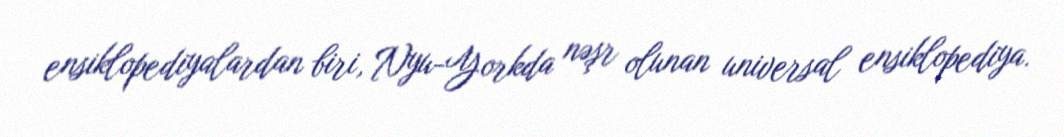
ensiklopediyalardan biri, Nyu-Yorkda nəşr olunan universal ensiklopediya.